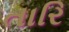
તારિ